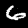
Label: 6